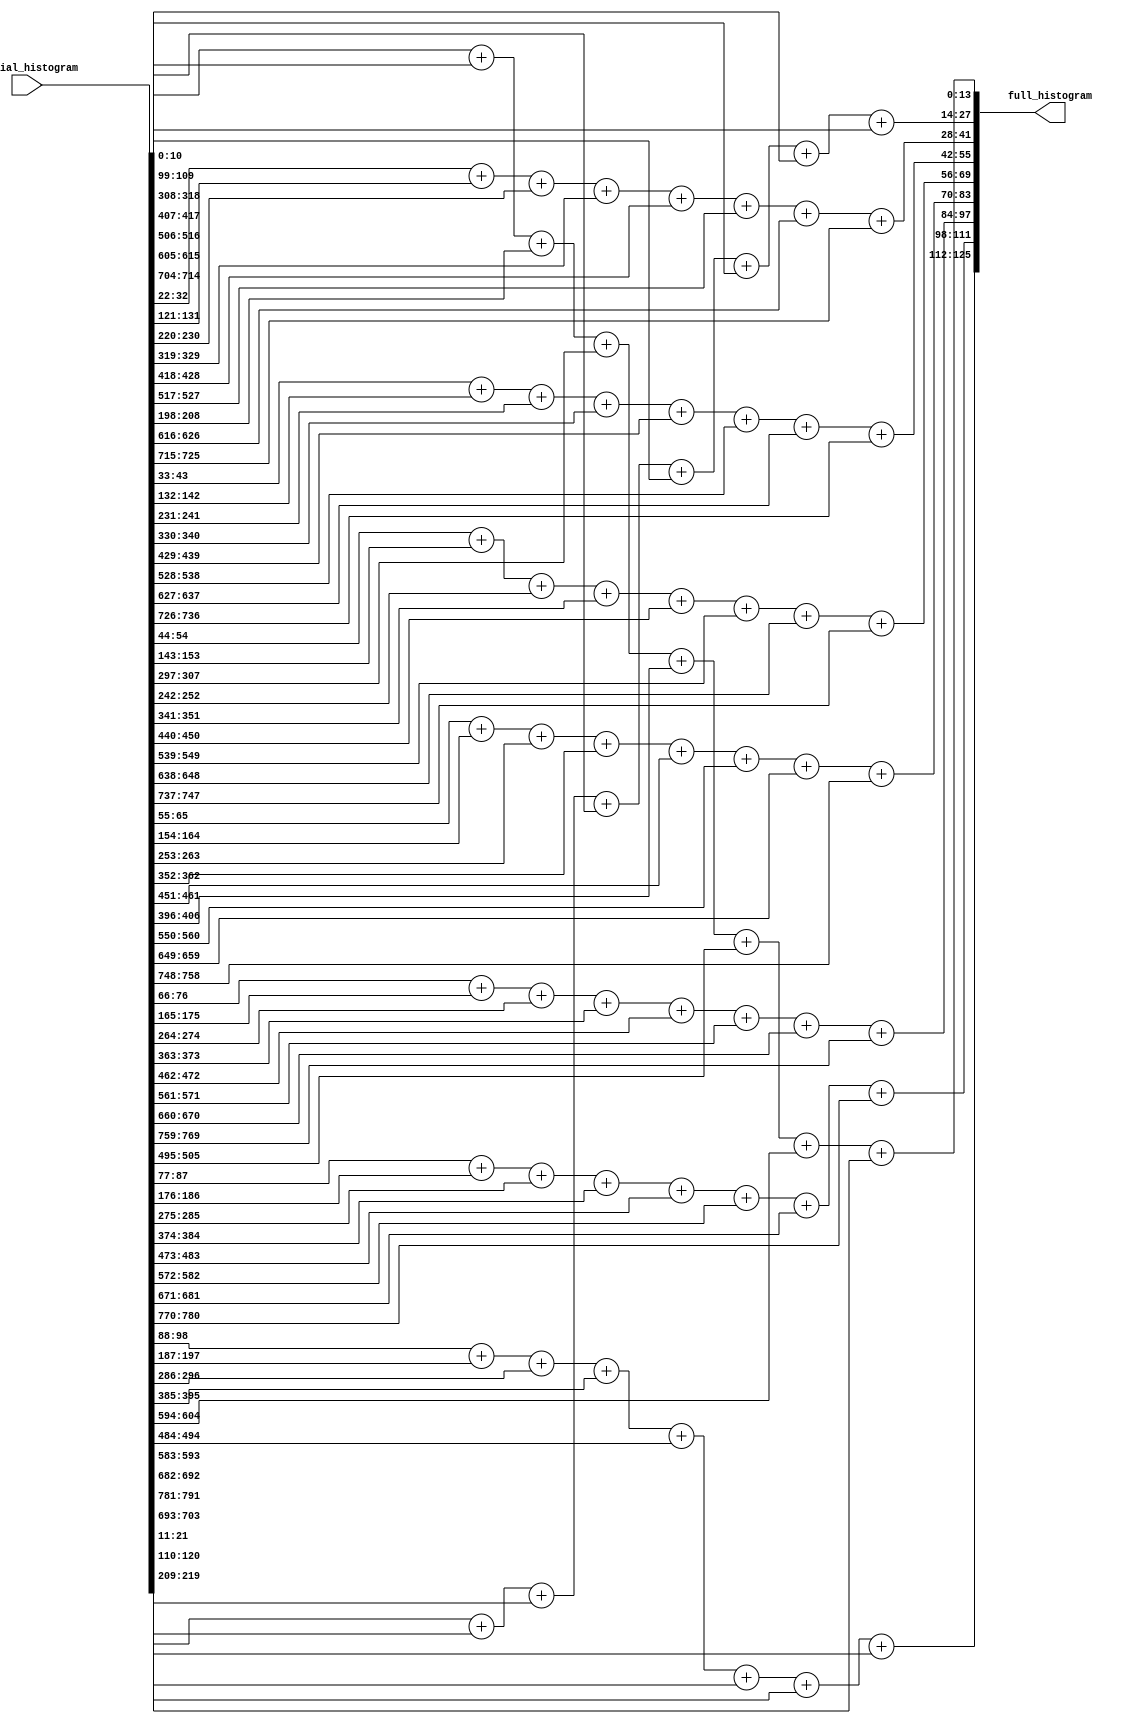
module partial_histogram_add #(
    parameter INPUT_BIN_WIDTH = 11,
    parameter OUTPUT_BIN_WIDTH = 14,
    parameter BINS         = 9,   // number of bins in each histogram
    parameter CELL_ROWS    = 8,   // number of rows per cell, number of partial histograms
    parameter INPUT_WIDTH  = INPUT_BIN_WIDTH * BINS * CELL_ROWS, 
    parameter OUTPUT_WIDTH = OUTPUT_BIN_WIDTH * BINS 
) (
    input [INPUT_WIDTH-1:0]   partial_histogram, // 8 partial histograms as 1 vector
    output [OUTPUT_WIDTH-1:0] full_histogram // one full histogram output
);

    // for now... number of pixel rows per cell must be 8
    initial begin 
        if (CELL_ROWS != 8) begin 
            $display("INSTANTIATION ERROR: Incorrect CELL_ROWS parameter, must be 8");
        end
    end

    genvar i; 
    generate
        for (i = 0; i < BINS; i = i + 1) begin : FULL_HISTOGRAM
            // the ith bin of the output is the sum of 
            // the ith bins of each row (partial histogram)
            // ** aware that this could be another loop, too lazy to change it...
            assign full_histogram[i*OUTPUT_BIN_WIDTH +: OUTPUT_BIN_WIDTH] = 
                partial_histogram[i*INPUT_BIN_WIDTH +: INPUT_BIN_WIDTH] + 
                partial_histogram[i*INPUT_BIN_WIDTH+99 +: INPUT_BIN_WIDTH] + 
                partial_histogram[i*INPUT_BIN_WIDTH+198 +: INPUT_BIN_WIDTH] + 
                partial_histogram[i*INPUT_BIN_WIDTH+297 +: INPUT_BIN_WIDTH] + 
                partial_histogram[i*INPUT_BIN_WIDTH+396 +: INPUT_BIN_WIDTH] + 
                partial_histogram[i*INPUT_BIN_WIDTH+495 +: INPUT_BIN_WIDTH] + 
                partial_histogram[i*INPUT_BIN_WIDTH+594 +: INPUT_BIN_WIDTH] + 
                partial_histogram[i*INPUT_BIN_WIDTH+693 +: INPUT_BIN_WIDTH];
        end
    endgenerate

endmodule